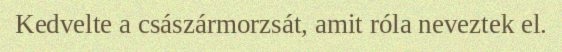
Kedvelte a császármorzsát, amit róla neveztek el.